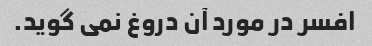
افسر در مورد آن دروغ نمی گوید.